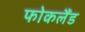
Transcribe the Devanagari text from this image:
फोकलैंड